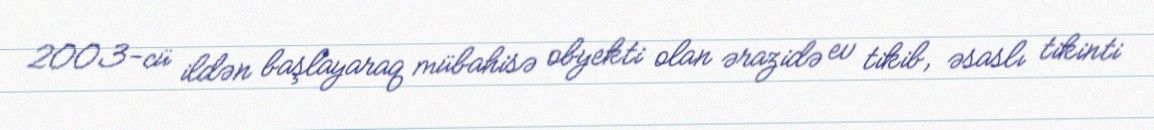
2003-cü ildən başlayaraq mübahisə obyekti olan ərazidə ev tikib, əsaslı tikinti